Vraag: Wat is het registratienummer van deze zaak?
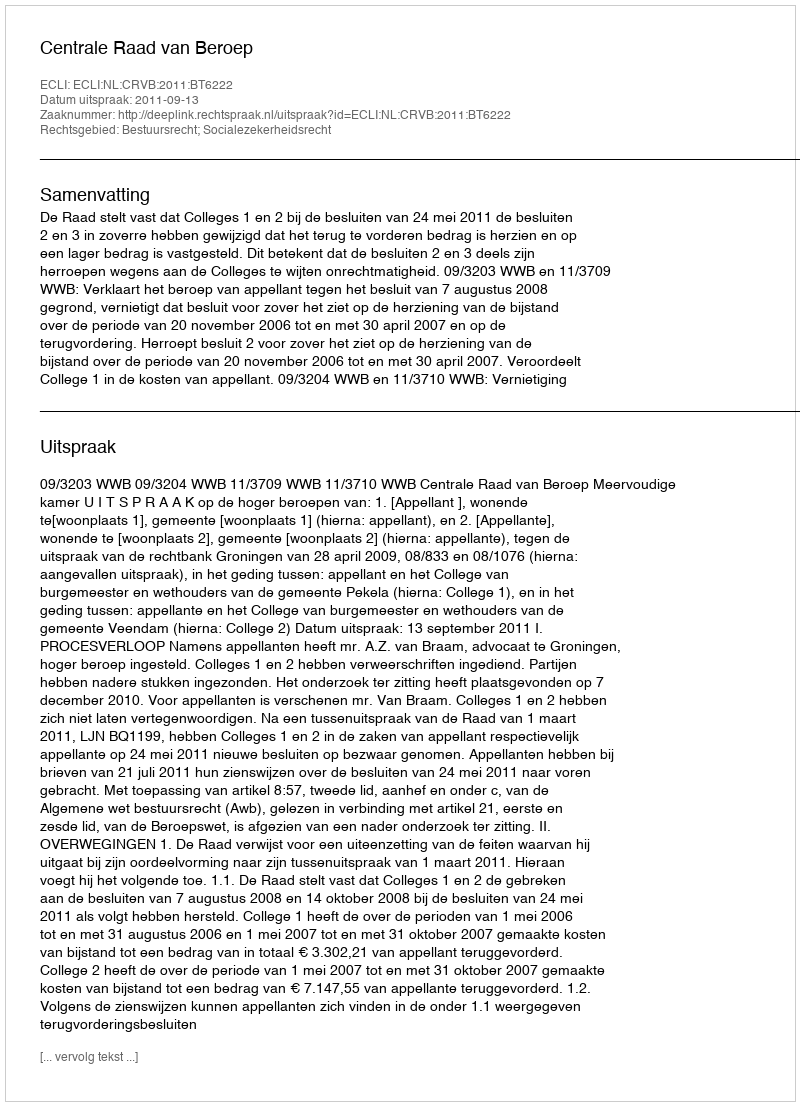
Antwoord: http://deeplink.rechtspraak.nl/uitspraak?id=ECLI:NL:CRVB:2011:BT6222